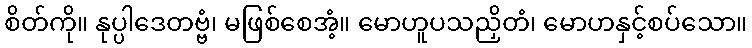
စိတ်ကို။ နုပ္ပါဒေတဗ္ဗံ၊ မဖြစ်စေအံ့။ မောဟူပသညှိတံ၊ မောဟနှင့်စပ်သော။